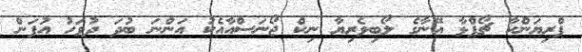
ޕްރިޔަންކާ ޗޯޕްޅާ އޭނާގެ ލޯބިވެރިޔާ ނިކް ޖޯނަސްއާއެކު އަންނަ ބުދަ ދުވަހު އުފަން